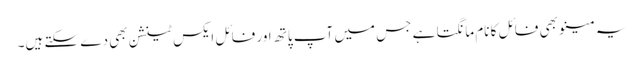
یہ مینو بھی فائل کا نام مانگتا ہے جس میں آپ پاتھ اور فائل ایکس ٹینشن بھی دے سکتے ہیں۔